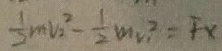
\frac { 1 } { 2 } m v _ { 2 } ^ { 2 } - \frac { 1 } { 2 } m v _ { 1 } ^ { 2 } = F x